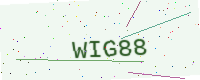
Text: WIG88